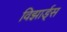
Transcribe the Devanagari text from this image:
विझार्ड्‌स